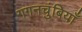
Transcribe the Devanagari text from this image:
गगनचुंबियाँ